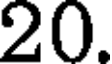
20.